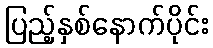
ပြည့်နှစ်နောက်ပိုင်း